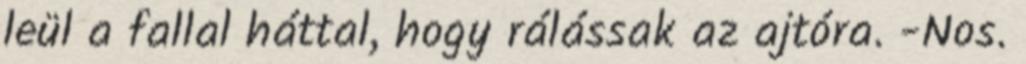
leül a fallal háttal, hogy rálássak az ajtóra. -Nos.